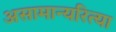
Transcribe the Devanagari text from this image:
असामान्यरित्या